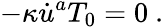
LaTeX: -\kappa\dot{u}^{a}T_{0}=0~.